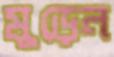
মুড়েন